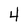
Character: 4